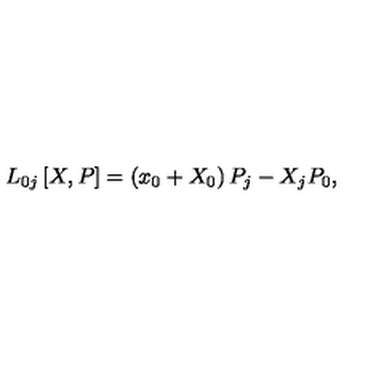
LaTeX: L _ { 0 j } \left[ X , P \right] = \left( x _ { 0 } + X _ { 0 } \right) P _ { j } - X _ { j } P _ { 0 } ,